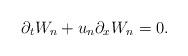
LaTeX: \begin{align*} \partial_{t}W_{n} + u_{n}\partial_{x}W_{n} = 0. \end{align*}